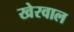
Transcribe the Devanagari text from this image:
खेरवाल